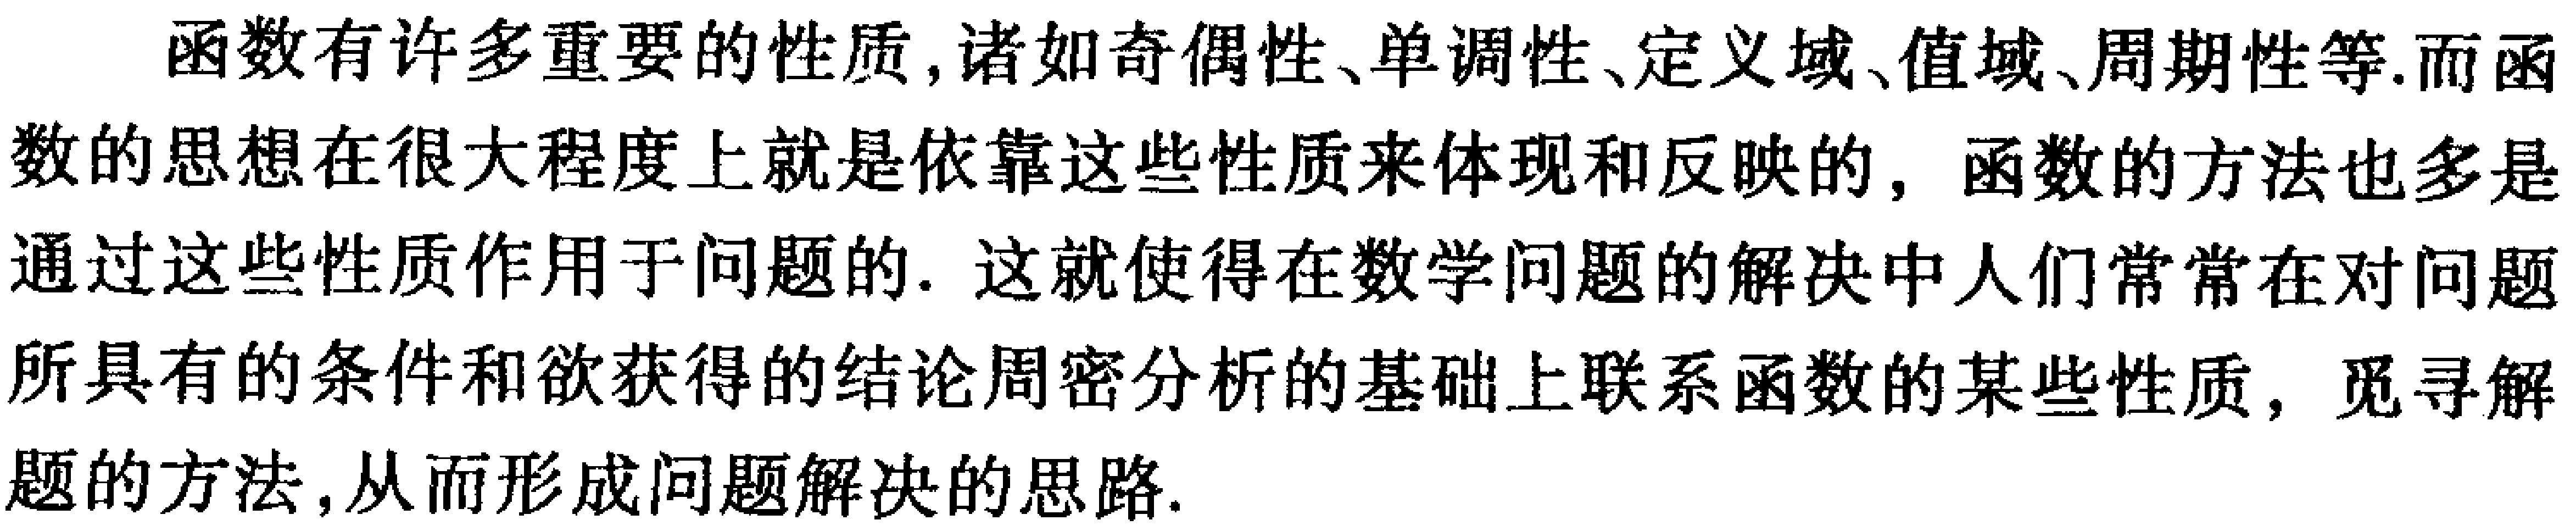
函数有许多重要的性质,诸如奇偶性、单调性、定义域、值域、周期性等.而函数的思想在很大程度上就是依靠这些性质来体现和反映的，函数的方法也多是通过这些性质作用于问题的. 这就使得在数学问题的解决中人们常常在对问题所具有的条件和欲获得的结论周密分析的基础上联系函数的某些性质，觅寻解题的方法,从而形成问题解决的思路.